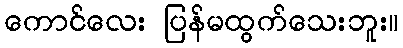
ကောင်လေး ပြန်မထွက်သေးဘူး။